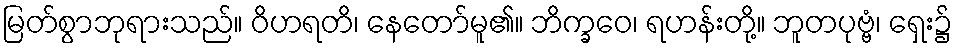
မြတ်စွာဘုရားသည်။ ဝိဟရတိ၊ နေတော်မူ၏။ ဘိက္ခဝေ၊ ရဟန်းတို့။ ဘူတပုဗ္ဗံ၊ ရှေး၌